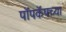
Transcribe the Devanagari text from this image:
पॉपकॅपच्या